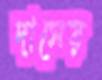
দাসেয়